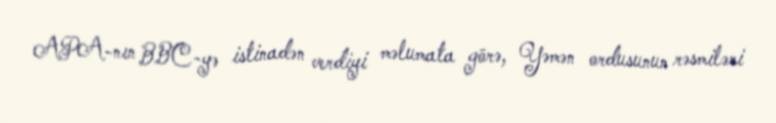
APA-nın BBC-yə istinadən verdiyi məlumata görə, Yəmən ordusunun rəsmiləri